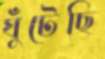
ঘুঁটেছি